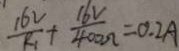
\frac { 1 6 V } { R _ { 1 } } + \frac { 1 6 V } { 4 0 0 \Omega } = 0 . 2 A